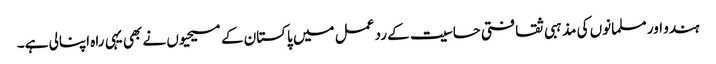
ہندو اور مسلمانوں کی مذہبی ثقافتی حساسیت کے رد عمل میں پاکستان کے مسیحیوں نے بھی یہی راہ اپنالی ہے۔